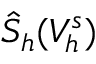
\hat { S } _ { h } ( V _ { h } ^ { s } )